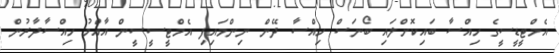
އެމްޓީޑީސީގެ ހިއްސާ ބައިކޮށްލައި ބޯނަސް ހިއްސާ ދޭން ނިންމައިފި އެމްޓީސީސީން އާއްމު ހިއްސާދާރުން